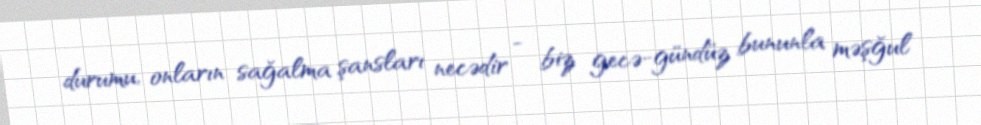
durumu, onların sağalma şansları necədir - biz gecə-gündüz bununla məşğul